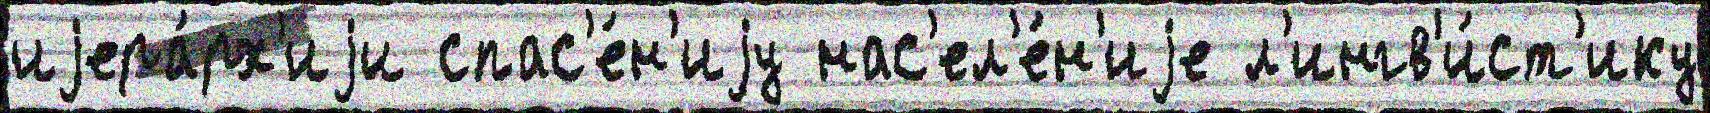
иjера́рх'иjи спас'е́н'иjу нас'ел'е́н'иjе л'ингв'и́ст'ику